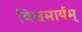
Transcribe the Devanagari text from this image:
विश्वमार्यम्‌